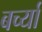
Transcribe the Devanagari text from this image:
बर्च्या